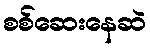
စစ်ဆေးနေဆဲ